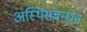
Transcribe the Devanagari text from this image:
अस्थिसंबन्धन